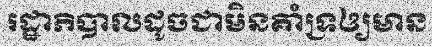
រដ្ឋាភិបាលដូចជាមិនគាំទ្រឲ្យមាន